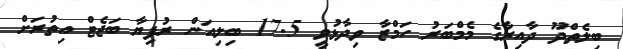
ބިލެތްދޫ ދާއިރާގެ މެމްބަރު ހަމްޒާ ވިދާޅުވީ 17.5 ބިލިއަން ރުފިޔާ ބަޖެޓް އިތުރަށް